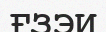
ҒЗЭИ